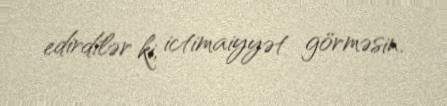
edirdilər ki, ictimaiyyət görməsin.